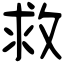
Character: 救